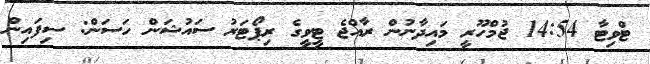
ޓްވިޓާ 14:54 ޖުމްހޫރީ މައިދާނުން ރާއްޖެ ޓީވީގެ ރިޕޯޓަރު ސައުޝަން ހަސަން: ސިފައިން